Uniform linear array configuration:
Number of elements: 8
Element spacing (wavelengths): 0.5
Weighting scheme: cosine
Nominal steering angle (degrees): -60
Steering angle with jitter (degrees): -59.335
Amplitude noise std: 0.05
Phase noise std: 0.05

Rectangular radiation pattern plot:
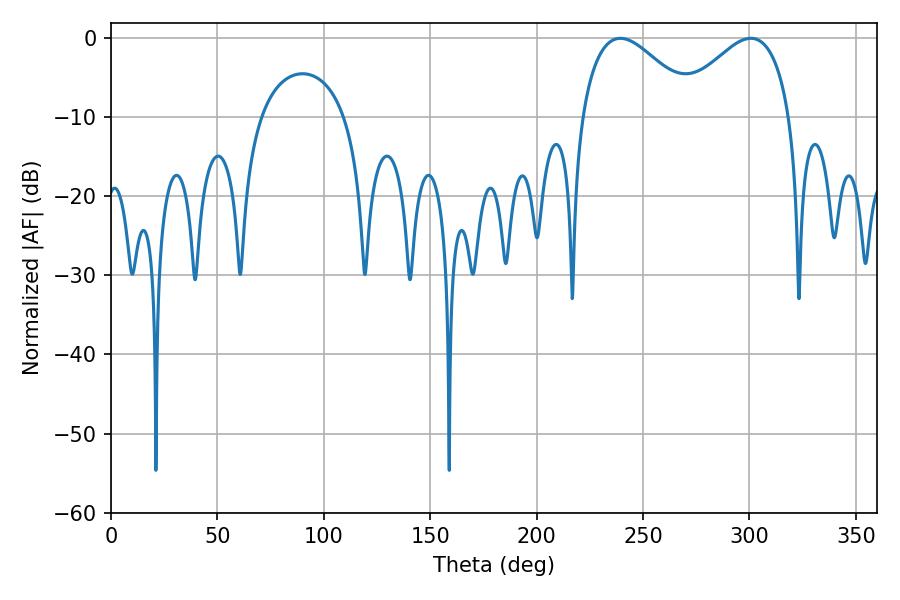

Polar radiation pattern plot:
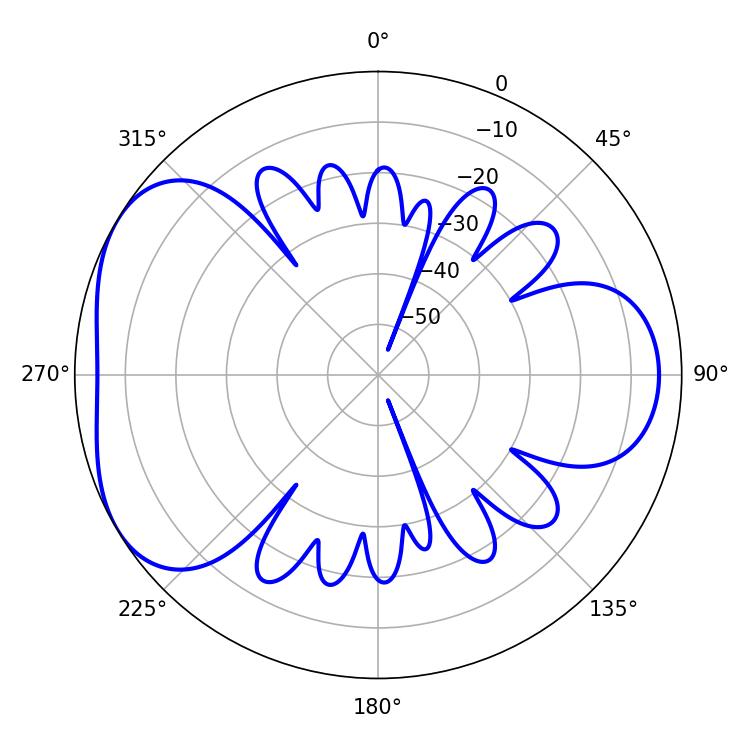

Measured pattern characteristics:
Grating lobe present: FALSE
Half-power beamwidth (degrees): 29.34
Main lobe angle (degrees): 239.4